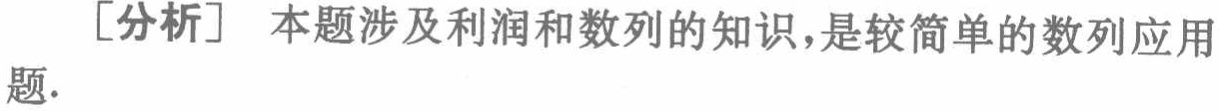
[分析] 本题涉及利润和数列的知识,是较简单的数列应用题.